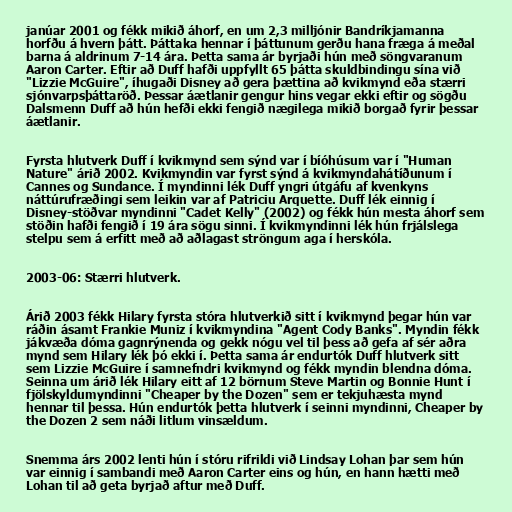
janúar 2001 og fékk mikið áhorf, en um 2,3 milljónir Bandríkjamanna
horfðu á hvern þátt. Þáttaka hennar í þáttunum gerðu hana fræga á meðal
barna á aldrinum 7-14 ára. Þetta sama ár byrjaði hún með söngvaranum
Aaron Carter. Eftir að Duff hafði uppfyllt 65 þátta skuldbindingu sína við
"Lizzie McGuire", íhugaði Disney að gera þættina að kvikmynd eða stærri
sjónvarpsþáttaröð. Þessar áætlanir gengur hins vegar ekki eftir og sögðu
Dalsmenn Duff að hún hefði ekki fengið nægilega mikið borgað fyrir þessar
áætlanir.

Fyrsta hlutverk Duff í kvikmynd sem sýnd var í bíóhúsum var í "Human
Nature" árið 2002. Kvikmyndin var fyrst sýnd á kvikmyndahátíðunum í
Cannes og Sundance. Í myndinni lék Duff yngri útgáfu af kvenkyns
náttúrufræðingi sem leikin var af Patriciu Arquette. Duff lék einnig í
Disney-stöðvar myndinni "Cadet Kelly" (2002) og fékk hún mesta áhorf sem
stöðin hafði fengið í 19 ára sögu sinni. Í kvikmyndinni lék hún frjálslega
stelpu sem á erfitt með að aðlagast ströngum aga í herskóla.

2003-06: Stærri hlutverk.

Árið 2003 fékk Hilary fyrsta stóra hlutverkið sitt í kvikmynd þegar hún var
ráðin ásamt Frankie Muniz í kvikmyndina "Agent Cody Banks". Myndin fékk
jákvæða dóma gagnrýnenda og gekk nógu vel til þess að gefa af sér aðra
mynd sem Hilary lék þó ekki í. Þetta sama ár endurtók Duff hlutverk sitt
sem Lizzie McGuire í samnefndri kvikmynd og fékk myndin blendna dóma.
Seinna um árið lék Hilary eitt af 12 börnum Steve Martin og Bonnie Hunt í
fjölskyldumyndinni "Cheaper by the Dozen" sem er tekjuhæsta mynd
hennar til þessa. Hún endurtók þetta hlutverk í seinni myndinni, Cheaper by
the Dozen 2 sem náði litlum vinsældum.

Snemma árs 2002 lenti hún í stóru rifrildi við Lindsay Lohan þar sem hún
var einnig í sambandi með Aaron Carter eins og hún, en hann hætti með
Lohan til að geta byrjað aftur með Duff.